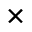
\times